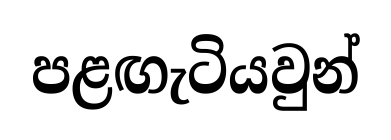
පළඟැටියවුන්